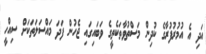
އަދި އެ އުމުރުފުރާގެ ކުދިން މަސްތުވާތަކެތީގެ ވަބައިގައި ޖެހުން ފަދަ މައްސަލަތަކަށް ސިއްހީ